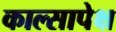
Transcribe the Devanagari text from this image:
काल्सापेक्ष